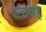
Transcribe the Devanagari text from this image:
स्‍वासह